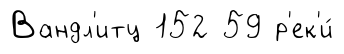
Вандл'итц 152 59 р'ек'и́